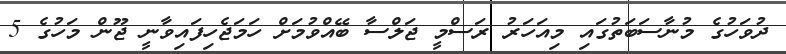
ދުވަހުގެ މުނާސަބަތުގައި މިއަހަރު ރަސްމީ ޖަލްސާ ބޭއްވުމަށް ހަމަޖެހިފައިވާނީ ޖޫން މަހުގެ 5